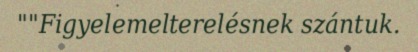
""Figyelemelterelésnek szántuk.